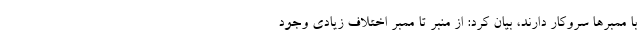
با ممبرها سروکار دارند، بیان کرد: از منبر تا ممبر اختلاف زیادی وجود